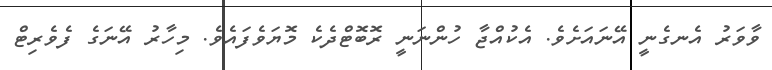
ވާވަރު އެނގެނީ އޭނައަށެވެ. އެކުއްޖާ ހުންނަނީ ރޮބޮޓްދެކެ މޮޔަވެފައެވެ. މިހާރު އޭނަގެ ފެވެރިޓް